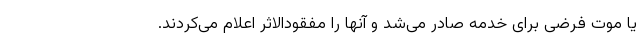
یا موت فرضی برای خدمه صادر می‌شد و آنها را مفقودالاثر اعلام می‌کردند.